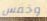
وخمس